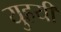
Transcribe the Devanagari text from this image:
युहयी